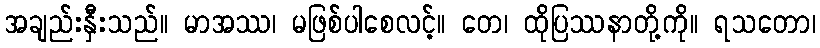
အချည်းနှီးသည်။ မာအဿ၊ မဖြစ်ပါစေလင့်။ တေ၊ ထိုပြဿနာတို့ကို။ ရသတော၊